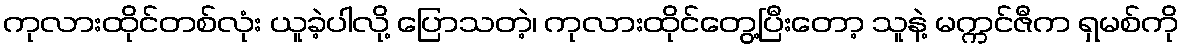
ကုလားထိုင်တစ်လုံး ယူခဲ့ပါလို့ ပြောသတဲ့၊ ကုလားထိုင်တွေ့ပြီးတော့ သူနဲ့ မက္ကင်ဇီက ရှမစ်ကို